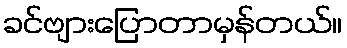
ခင်ဗျားပြောတာမှန်တယ်။